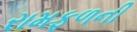
રામફળની